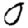
Digit: 0